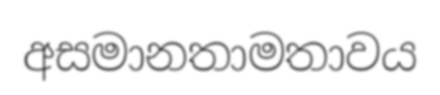
අසමානතාමතාවය